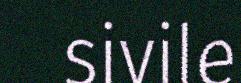
sivile